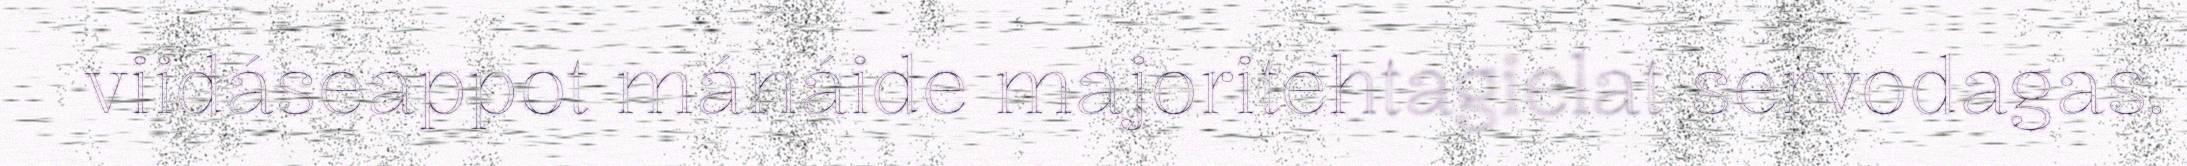
viidáseappot mánáide majoritehtagielat servodagas.